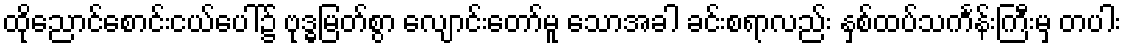
ထိုညောင်စောင်းငယ်ပေါ်၌ ဗုဒ္ဓမြတ်စွာ လျောင်းတော်မူ သောအခါ ခင်းစရာလည်း နှစ်ထပ်သင်္ကန်းကြီးမှ တပါး